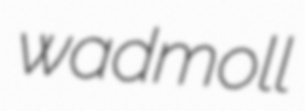
wadmoll